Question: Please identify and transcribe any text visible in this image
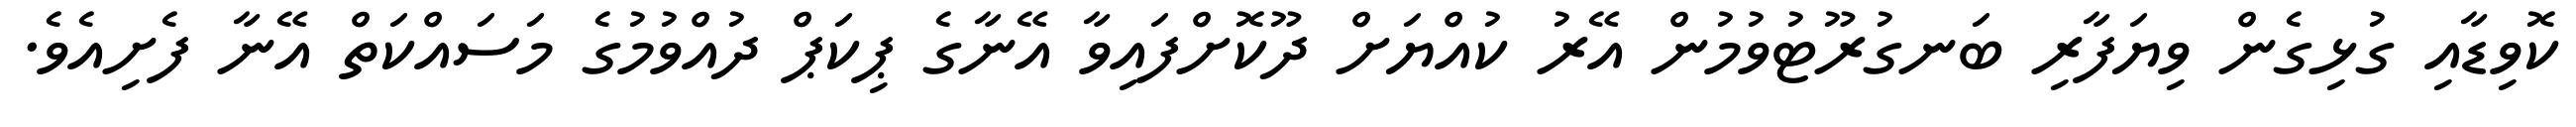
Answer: ކޮވިޑާއި ގުޅިގެން ވިޔަފާރި ބަނގުރޫޓުވުމުން އޭރު ކުއްޔަށް ދޫކޮށްފައިވާ އޭނާގެ ޕިކަޕް ދުއްވުމުގެ މަސައްކަތް އޭނާ ފެށިއެވެ.